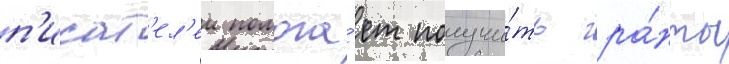
п'исат'ел'еи помога́ет получи́ть гра́нты